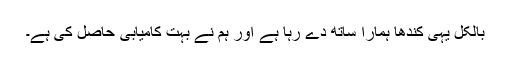
بالکل یہی کندھا ہمارا ساتھ دے رہا ہے اور ہم نے بہت کامیابی حاصل کی ہے۔